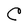
Character: C